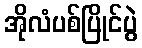
အိုလံပစ်ပြိုင်ပွဲ